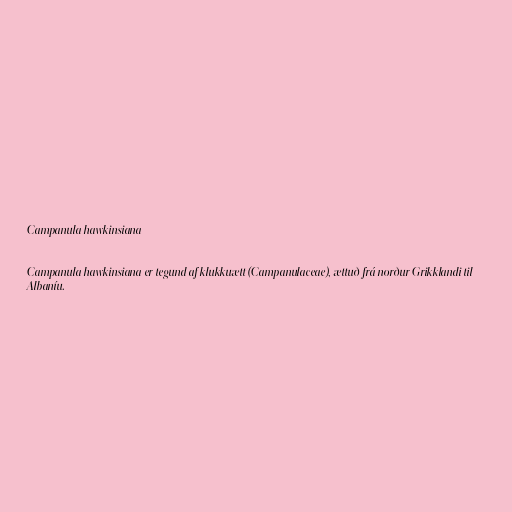
Campanula hawkinsiana

Campanula hawkinsiana er tegund af klukkuætt (Campanulaceae), ættuð frá norður Grikklandi til
Albaníu.